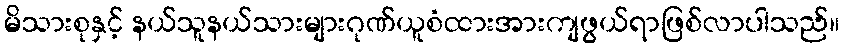
မိသားစုနှင့် နယ်သူနယ်သားများဂုဏ်ယူစံထားအားကျဖွယ်ရာဖြစ်လာပါသည်။